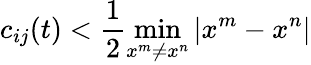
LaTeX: c_{ij}(t)<\frac{1}{2}\operatorname*{min}_{x^{m}\neq x^{n}}|x^{m}-x^{n}|